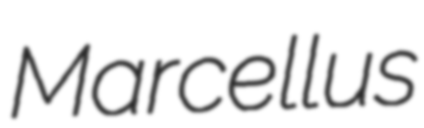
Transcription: Marcellus